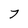
Character: 7